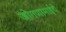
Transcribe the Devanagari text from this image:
जोगणामाईचे